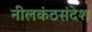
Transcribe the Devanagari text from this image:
नीलकंठसंदेश